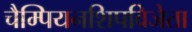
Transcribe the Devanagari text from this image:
चैम्पियनशिपविजेता